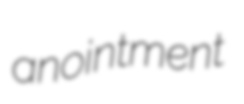
anointment